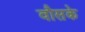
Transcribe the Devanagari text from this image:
वौसके